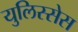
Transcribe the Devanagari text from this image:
युलिस्सेस